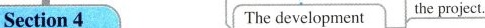
Section 4 The development the project.